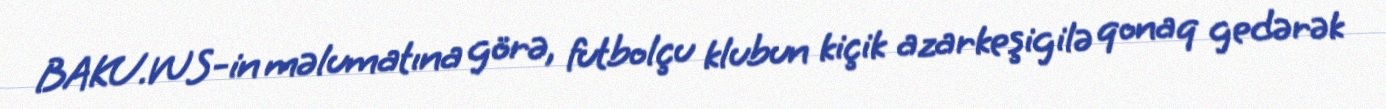
BAKU.WS-in məlumatına görə, futbolçu klubun kiçik azarkeşigilə qonaq gedərək